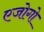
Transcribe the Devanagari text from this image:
एजोगो